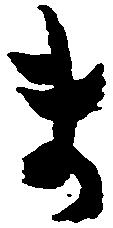
ま